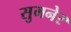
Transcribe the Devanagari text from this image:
सुमनेर